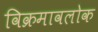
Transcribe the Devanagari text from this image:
विक्रमावलोक